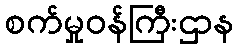
စက်မှုဝန်ကြီးဌာန